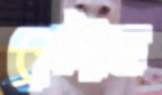
সেইথ